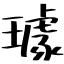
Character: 璩